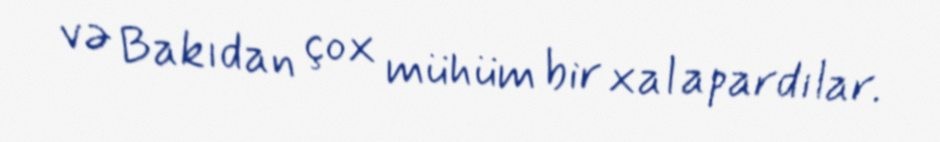
və Bakıdan çox mühüm bir xal apardılar.